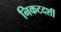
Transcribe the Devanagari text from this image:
निकटदर्शी